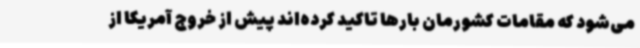
می‌شود که مقامات کشورمان بارها تاکید کرده‌اند پیش از خروج آمریکا از